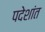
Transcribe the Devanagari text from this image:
पदेशांत